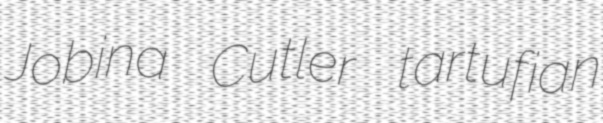
Jobina Cutler tartufian